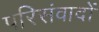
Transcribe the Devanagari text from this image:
परिसंवादों